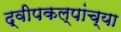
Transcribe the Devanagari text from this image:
द्वीपकल्पांच्या